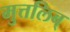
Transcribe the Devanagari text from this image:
मुत्तलिब्